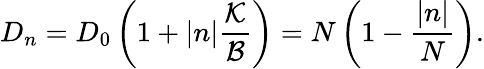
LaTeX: D_{n}=D_{0}\left(1+|n|\frac{\mathcal{K}}{\mathcal{B}}\right)=N\left(1-\frac{|n|}{N}\right).